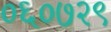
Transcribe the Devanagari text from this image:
०६०७२९